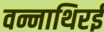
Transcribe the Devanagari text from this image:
वन्नाथिरई